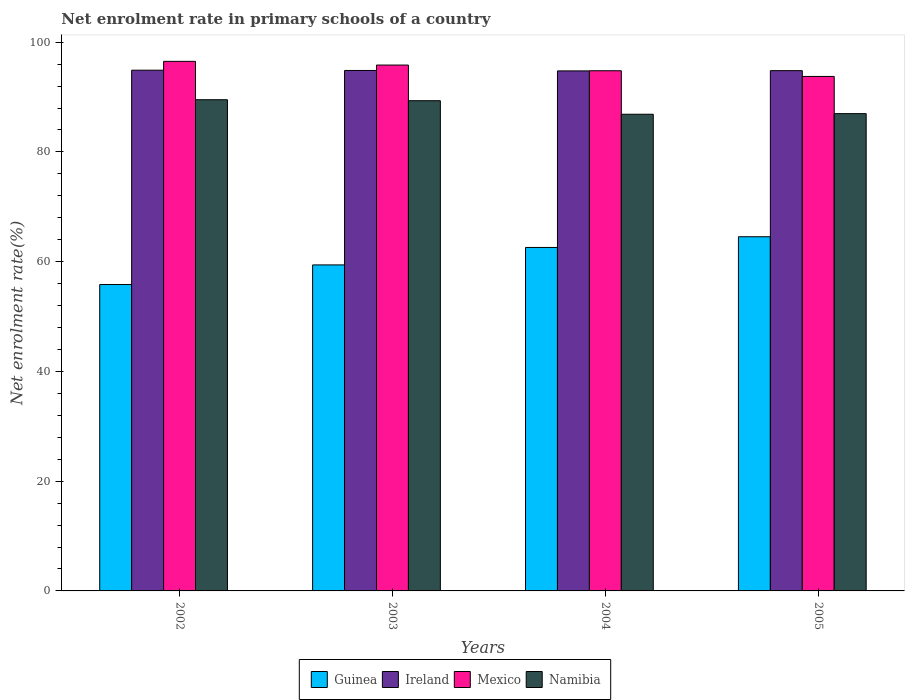
| Years | Guinea | Ireland | Mexico | Namibia |
 | --- | --- | --- | --- | --- |
 | 2002 | 55.8 | 94.9 | 96.5 | 89.5 |
 | 2003 | 59.4 | 94.8 | 95.8 | 89.3 |
 | 2004 | 62.6 | 94.8 | 94.8 | 86.9 |
 | 2005 | 64.5 | 94.8 | 93.8 | 87 |